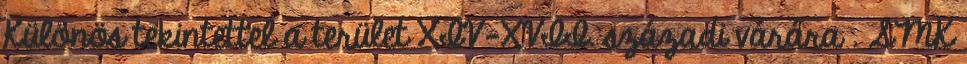
Különös tekintettel a terület XIV-XVII. századi várára . SMK